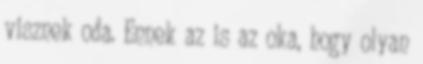
visznek oda. Ennek az is az oka, hogy olyan